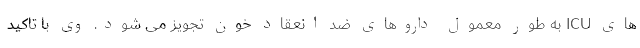
های ICU به طور معمول داروهای ضد انعقاد خون تجویز می شود. وی با تاکید